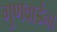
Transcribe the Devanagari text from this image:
गुणवार्डेना